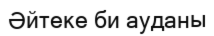
Әйтеке би ауданы